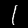
Label: 1